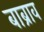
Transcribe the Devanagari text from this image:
बाब्राव